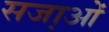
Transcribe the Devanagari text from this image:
सजा़ओं